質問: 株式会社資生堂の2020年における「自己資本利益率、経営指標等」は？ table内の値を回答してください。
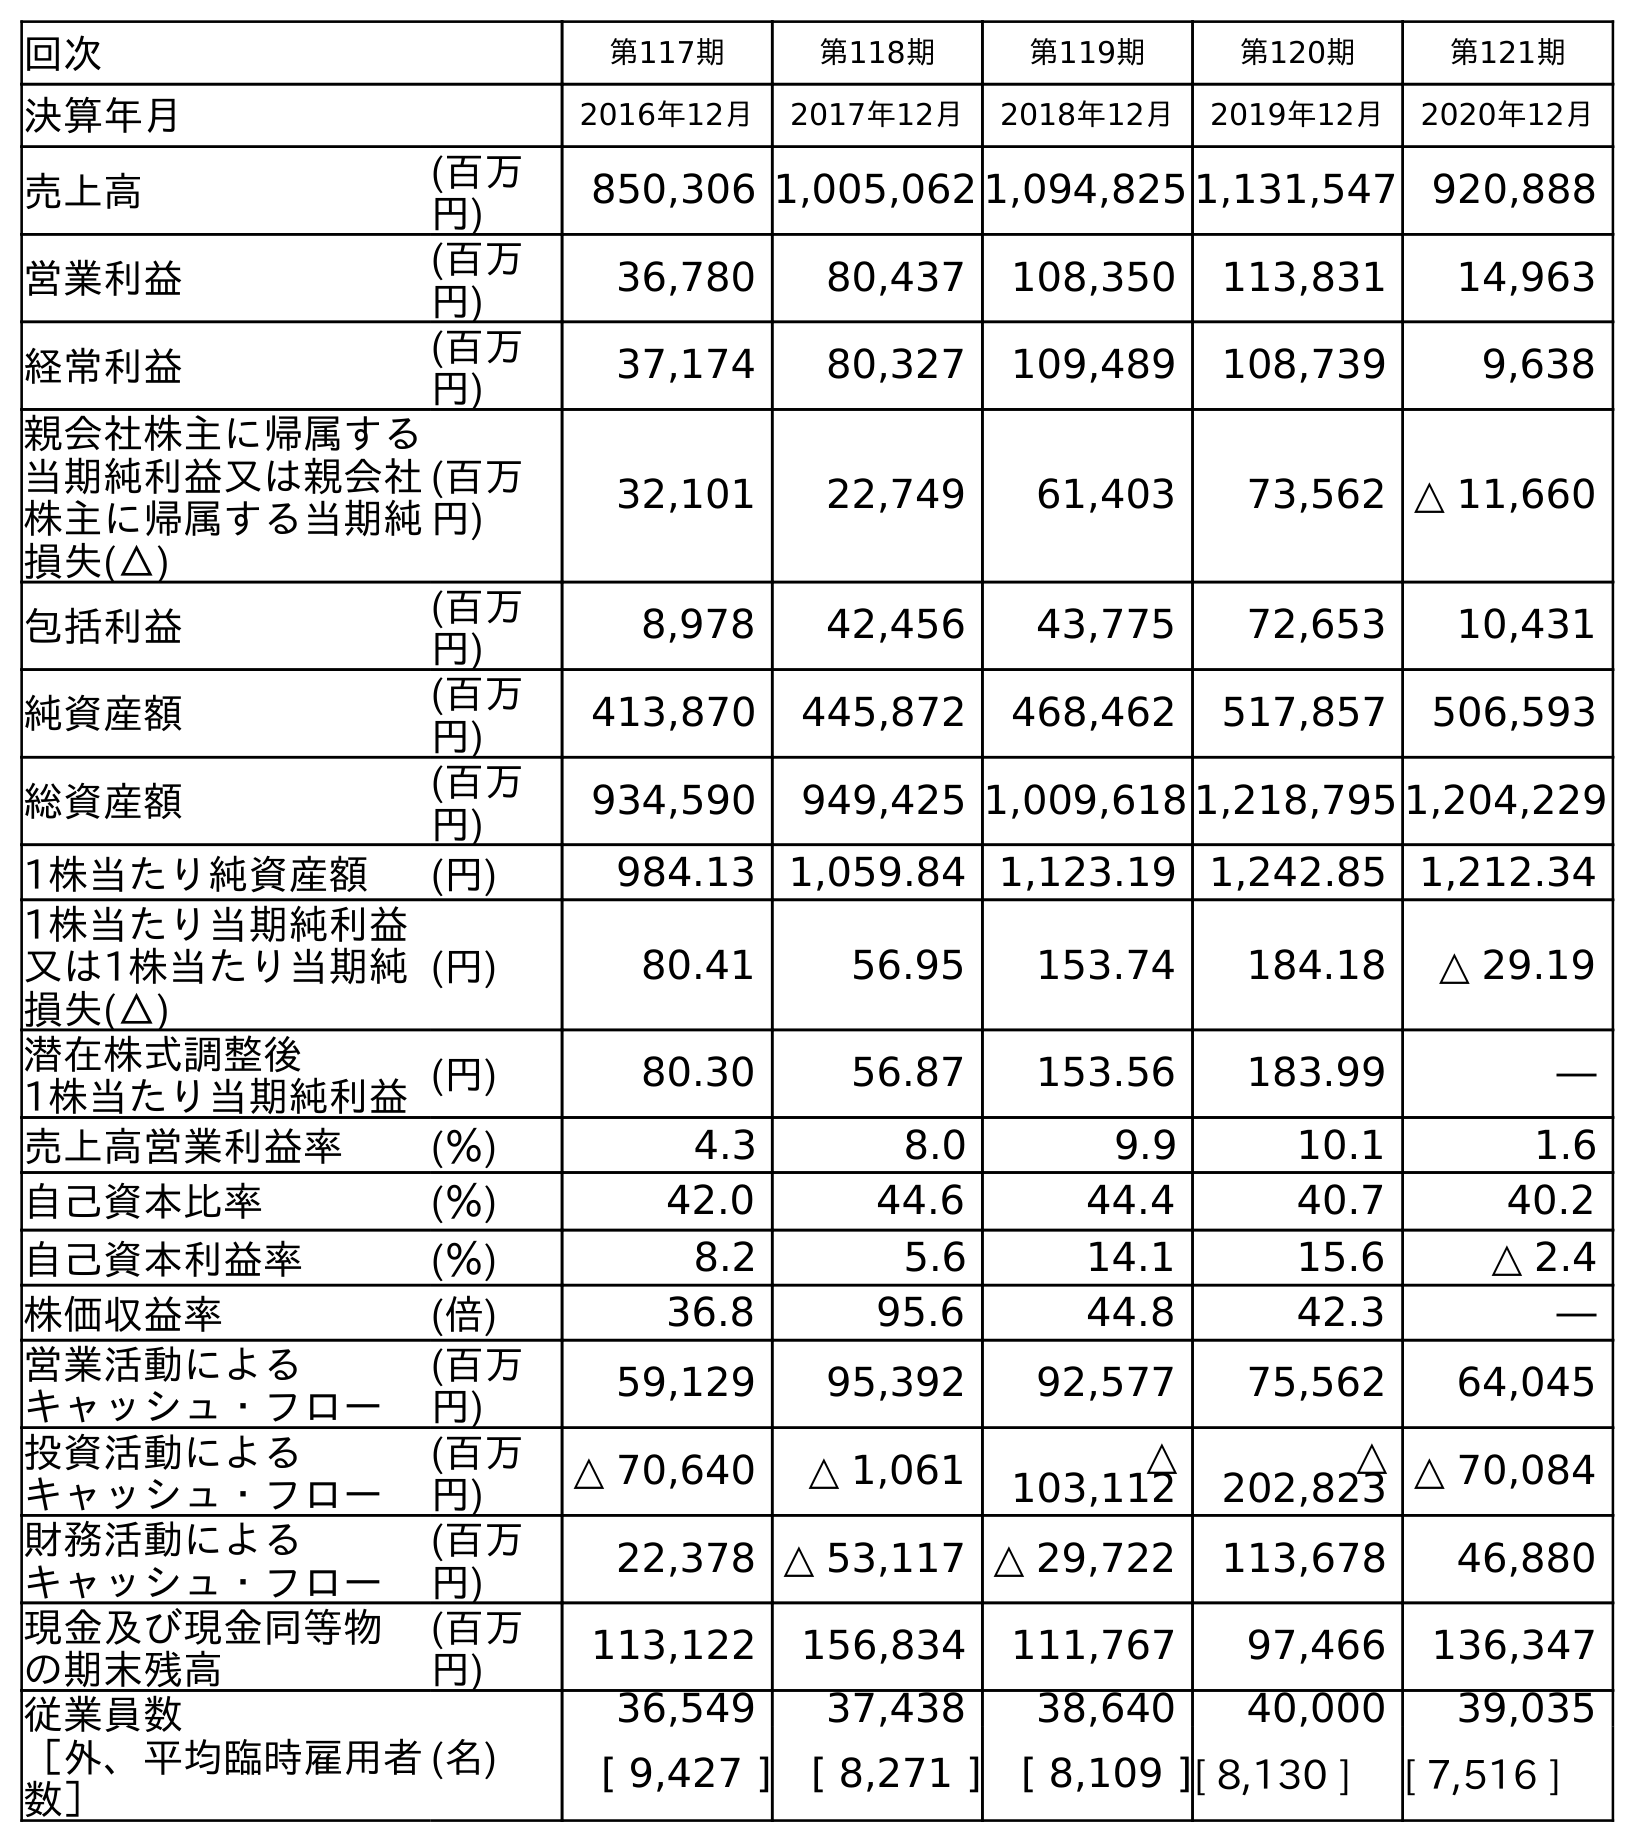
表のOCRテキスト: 回次 第117期 第118期 第119期 第120期 第121期 決算年月 2016年12月 2017年12月 2018年12月 2019年12月 2020年12月 売上高 (百万 円) 850,306 1,005,062 1,094,825 1,131,547 920,888 営業利益 (百万 円) 36,780 80,437 108,350 113,831 14,963 経常利益 (百万 円) 37,174 80,327 109,489 108,739 9,638 親会社株主に帰属する 当期純利益又は親会社 株主に帰属する当期純 損失(△) (百万 円) 32,101 22,749 61,403 73,562 △ 11,660 包括利益 (百万 円) 8,978 42,456 43,775 72,653 10,431 純資産額 (百万 円) 413,870 445,872 468,462 517,857 506,593 総資産額 (百万 円) 934,590 949,425 1,009,618 1,218,795 1,204,229 1株当たり純資産額 (円) 984.13 1,059.84 1,123.19 1,242.85 1,212.34 1株当たり当期純利益 又は1株当たり当期純 損失(△) (円) 80.41 56.95 153.74 184.18 △ 29.19 潜在株式調整後 1株当たり当期純利益(円) 80.30 56.87 153.56 183.99 ― 売上高営業利益率 (％) 4.3 8.0 9.9 10.1 1.6 自己資本比率 (％) 42.0 44.6 44.4 40.7 40.2 自己資本利益率 (％) 8.2 5.6 14.1 15.6 △ 2.4 株価収益率 (倍) 36.8 95.6 44.8 42.3 ― 営業活動による キャッシュ・フロー (百万 円) 59,129 95,392 92,577 75,562 64,045 投資活動による キャッシュ・フロー (百万 円) △ 70,640 △ 1,061 △ 103,112 △ 202,823 △ 70,084 財務活動による キャッシュ・フロー (百万 円) 22,378 △ 53,117 △ 29,722 113,678 46,880 現金及び現金同等物 の期末残高 (百万 円) 113,122 156,834 111,767 97,466 136,347 従業員数 ［外、平均臨時雇用者 数］ (名) 36,549 37,438 38,640 40,000 39,035 [ 9,427 ] [ 8,271 ] [ 8,109 ][ 8,130 ] [ 7,516 ]
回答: △2.4